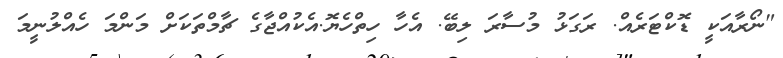
"ނޯރާއަކީ ޑޮކްޓަރެއް. ރަގަޅު މުސާރަ ލިބޭ. އެހާ ހިތްހެޔޮ.އެކުއްޖާގެ ޗާމްތަކަށް މަންމަ ހެއްލުނީމަ